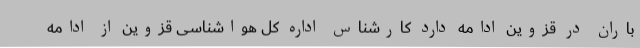
باران در قزوین ادامه دارد کارشناس اداره کل هواشناسی قزوین از ادامه